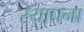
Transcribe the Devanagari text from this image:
स्यापना